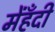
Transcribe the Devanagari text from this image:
मेंहँदी